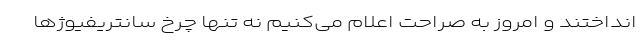
انداختند و امروز به صراحت اعلام می‌کنیم نه تنها چرخ سانتریفیوژها